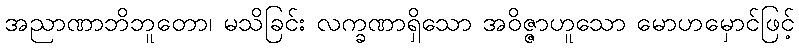
အညာဏာဘိဘူတော၊ မသိခြင်း လက္ခဏာရှိသော အဝိဇ္ဇာဟူသော မောဟမှောင်ဖြင့်